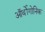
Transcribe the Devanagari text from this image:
ऑर्थोगोनिक